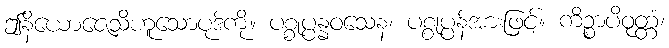
ဤနိယောဇေသိဟူသောပုဒ်ကို။ ပစ္စုပ္ပန္နဝသေန၊ ပစ္စုပ္ပန်အားဖြင့်။ ကိဉ္စာပိဝုတ္တံ၊